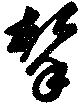
撃